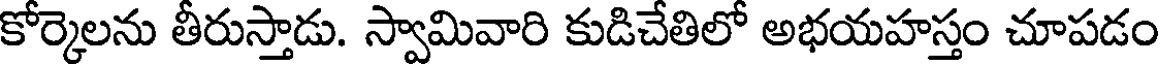
కోర్కెలను తీరుస్తాడు. స్వామివారి కుడిచేతిలో అభయహస్తం చూపడం